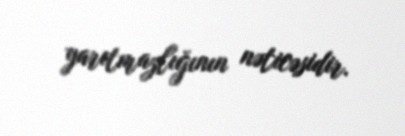
yarıtmazlığının nəticəsidir.